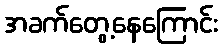
အခက်တွေ့နေကြောင်း